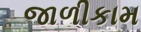
જાળીકામ